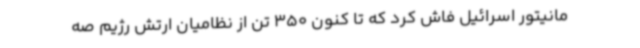
مانیتور اسرائیل فاش کرد که تا کنون 350 تن از نظامیان ارتش رژیم صه